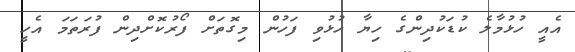
އެއީ ހުޅުމާލެ ކުޑަކުދިންގެ ހިޔާ ހުޅުވި ފަހުން މިގޮތަށް ފޯރުކޮށްދިން ފުރަތަމަ އެހީ